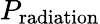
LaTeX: P_{\mathrm{radiation}}